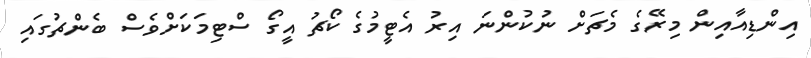
އިންޑިއާއިން މިރޭގެ މެޗަށް ނުކުންނަ އިރު އެޓީމުގެ ކޯޗު އީގޯ ސްޓިމަކަށްވެސް ބެންޗުގައި